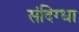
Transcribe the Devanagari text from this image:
संदिग्धा